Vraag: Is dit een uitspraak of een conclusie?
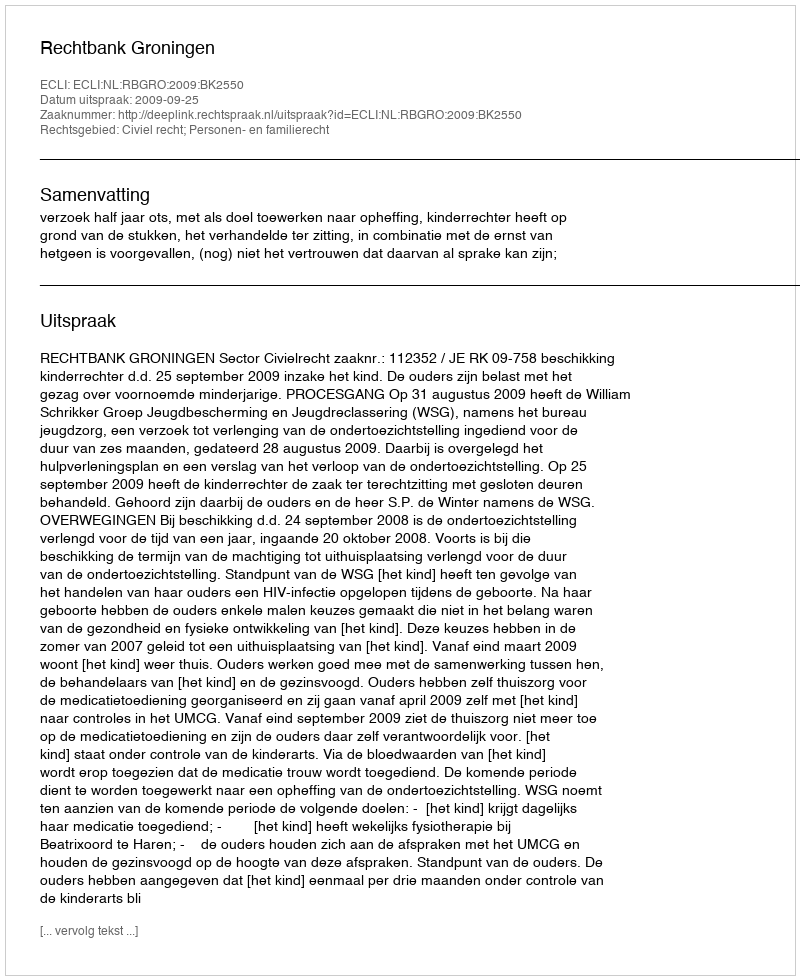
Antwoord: Uitspraak